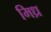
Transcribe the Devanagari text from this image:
मिध्र